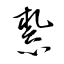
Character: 紮